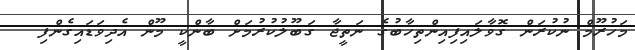
މަހުރޫމް ނުކުރަން ގޮވާލައިފިއިންތިހާބުގެ ނަތީޖާ ގަބޫލުކުރުމަށް ބާންކީ މޫން އެދިވަޑައިގެންފި